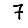
Digit: 7